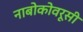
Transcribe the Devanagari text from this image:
नाबोकोवरूसी